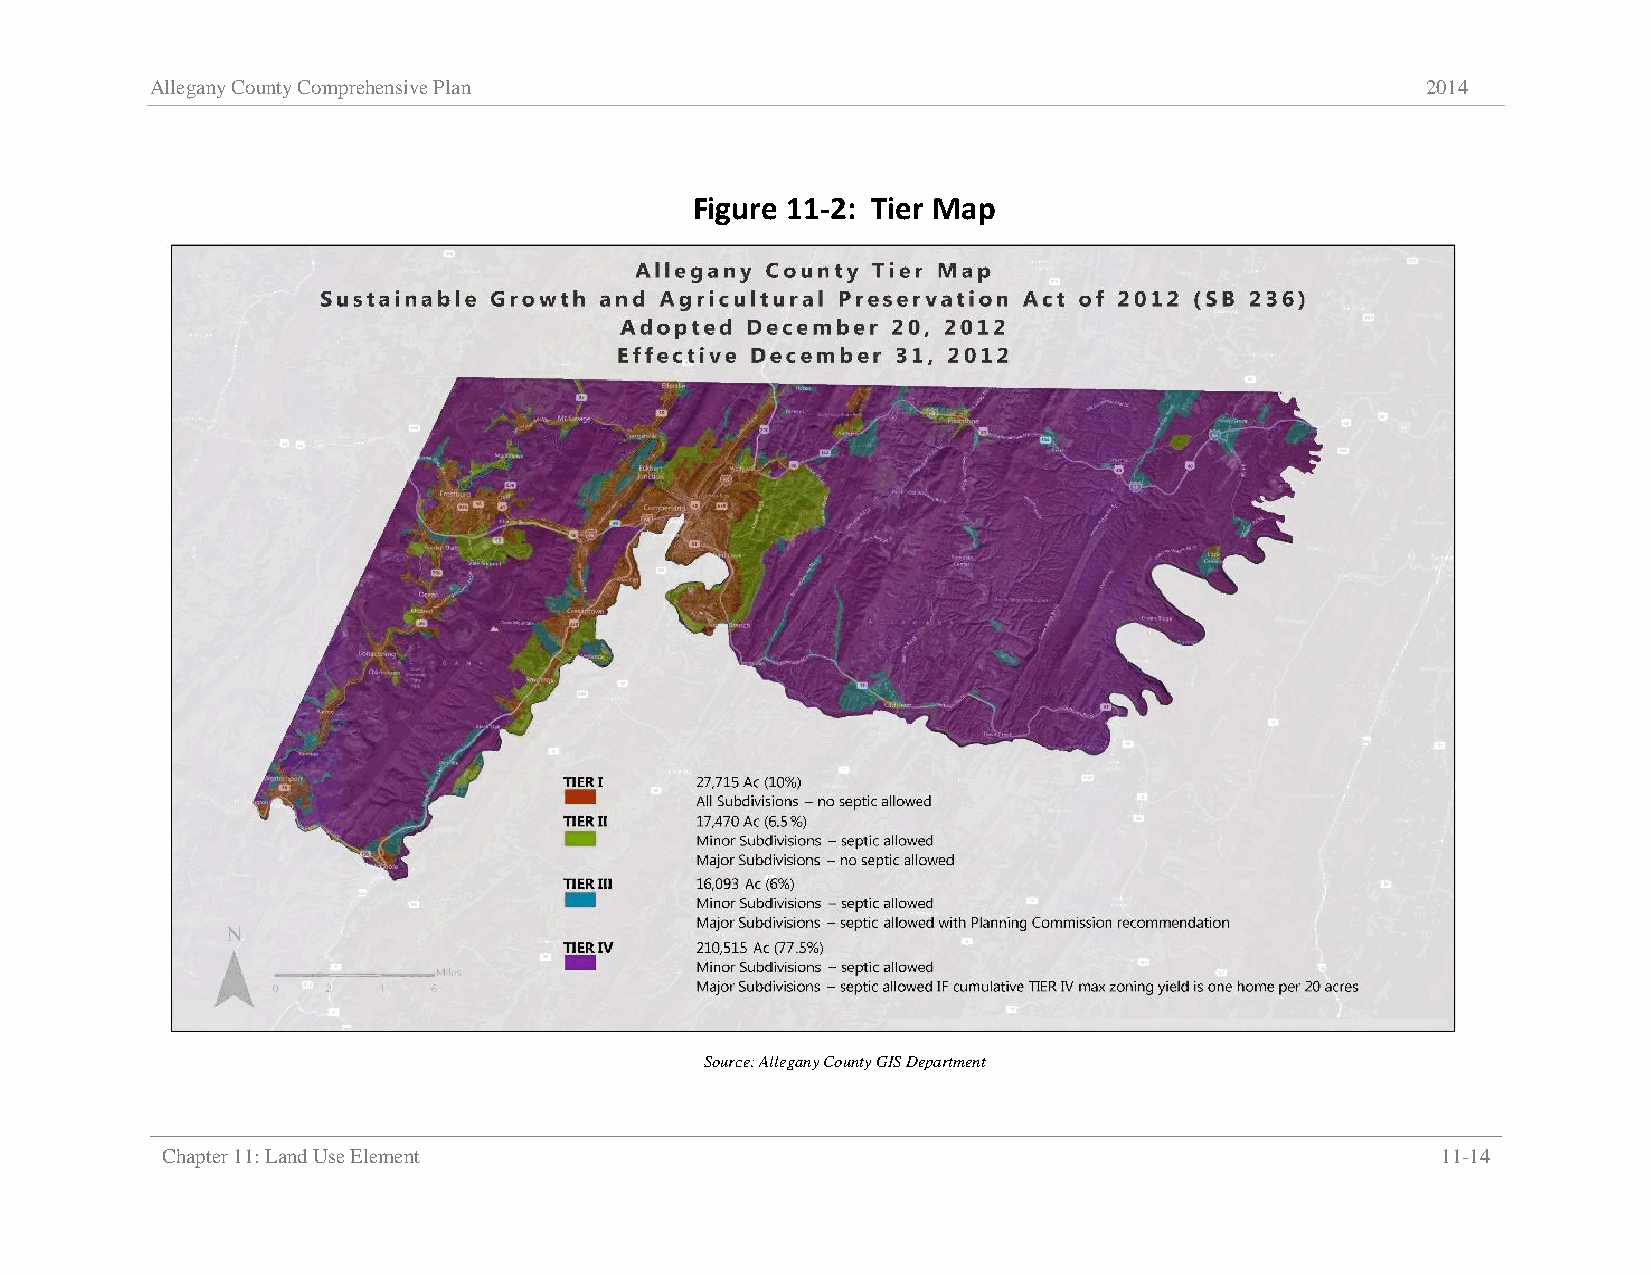
Allegany County Comprehensive Plan                                                  2014
 Figure 11-2: Tier Map
 Source: Allegany County GIS Department
 Chapter 11: Land Use Element                                                        11-14